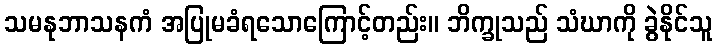
သမနုဘာသနကံ အပြုမခံရသောကြောင့်တည်း။ ဘိက္ခုသည် သံဃာကို ခွဲနိုင်သူ